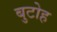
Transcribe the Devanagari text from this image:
बुटोह